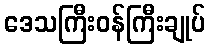
ဒေသကြီးဝန်ကြီးချုပ်